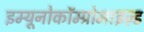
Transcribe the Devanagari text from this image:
इम्यूनोकॉम्प्रोमाइज़्ड